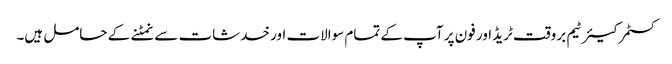
کسٹمر کیئر ٹیم بروقت ٹریڈ اور فون پر آپ کے تمام سوالات اور خدشات سے نمٹنے کے حامل ہیں۔